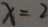
x = 2